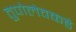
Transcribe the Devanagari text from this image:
तुपोलेवकडे